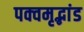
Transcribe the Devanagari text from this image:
पक्वमृद्भांड